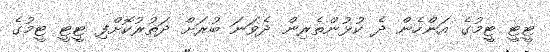
ޓީޓީ ޓީމުގެ އަންހެން ދެ ކުޅުންތެރިން ދެވަނަ ބުރަށް ދަތުރުކޮށްފި ޓީޓީ ޓީމުގެ